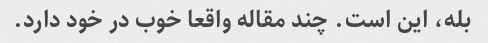
بله، این است. چند مقاله واقعا خوب در خود دارد.